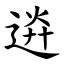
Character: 䢠